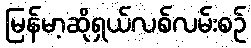
မြန်မာ့ဆိုရှယ်လစ်လမ်းစဉ်